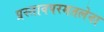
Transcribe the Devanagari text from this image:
प्रस्तावपरमतलेना